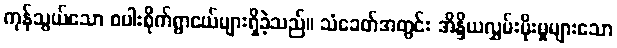
ကုန်သွယ်သော စပါးစိုက်ရွာငယ်များရှိခဲ့သည်။ သံခေတ်အတွင်း အိန္ဒိယလွှမ်းမိုးမှုများသော